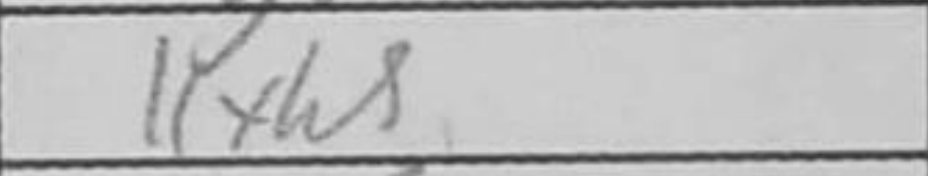
Transcription: Kxh5